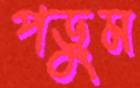
পড়ুম